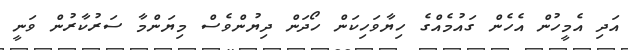
އަދި އެމީހުން އެހެން ގައުމެއްގެ ހިޔާވަހިކަން ހޯދަން ދިޔުންވެސް މިޔަންމާ ސަރުކާރުން ވަނީ